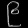
Digit: ၉